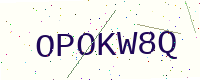
Text: OPOKW8Q